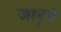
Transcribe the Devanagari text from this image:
जानूचे